Leaving Certificate Examination (including Day School Certificate (Higher) General paper), 1935
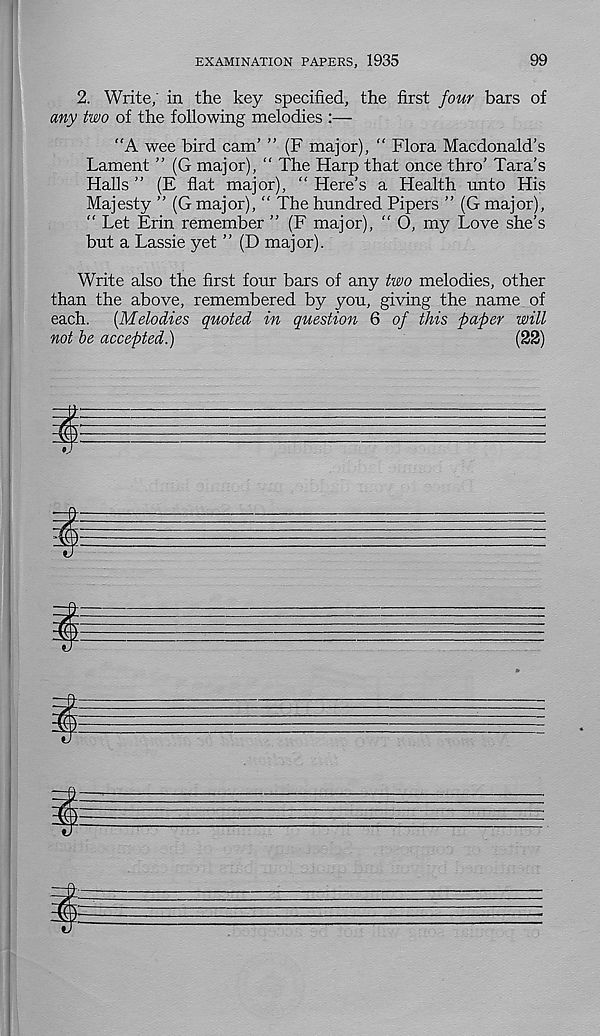
EXAMINATION PAPERS, 1935
99
2. Write,' in the key specified, the first four bars of
any two of the following melodies :—
“A wee bird cam’ ” (F major), “ Flora Macdonald’s
Lament ” (G major), “ The Harp that once thro’ Tara’s
Halls ” (E flat major), “ Here’s a Health unto His
Majesty ” (G major), “ The hundred Pipers ” (G major),
“ Let Erin remember ” (F major), “ O, my Love she’s
but a Lassie yet ” (D major).
Write also the first four bars of any two melodies, other
than the above, remembered by you, giving the name of
each.
{Melodies quoted in question 6 of this paper will
not be accepted.)
(22)